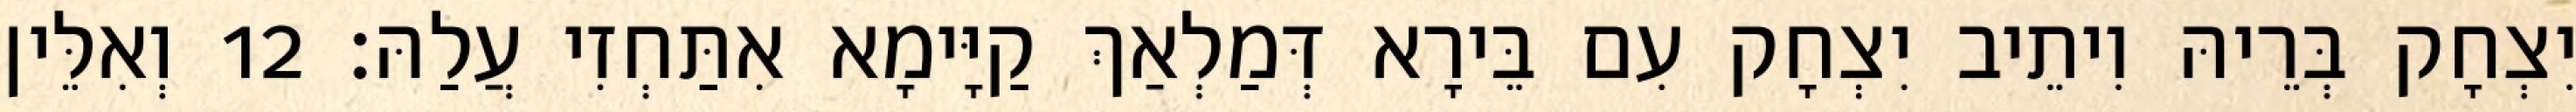
יִצְחָק בְּרֵיהּ וִיתֵיב יִצְחָק עִם בֵּירָא דְּמַלְאַךְ קַיָּימָא אִתַּחְזִי עֲלַהּ׃ 12 וְאִלֵּין